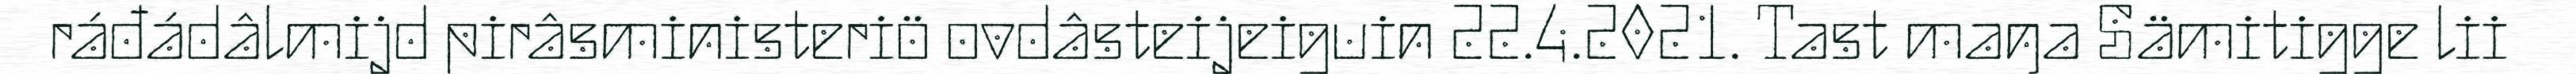
ráđádâlmijd pirâsministeriö ovdâsteijeiguin 22.4.2021. Tast maŋa Sämitigge lii